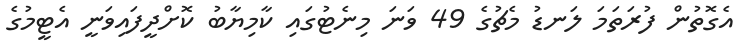
އެގޮތުން ފުރަތަމަ ލަނޑު މެޗުގެ 49 ވަނަ މިނެޓުގައި ކާމިޔާބު ކޮށްދީފައިވަނީ އެޓީމުގެ